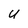
Character: U